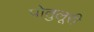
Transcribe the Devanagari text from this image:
पोतुलूरी